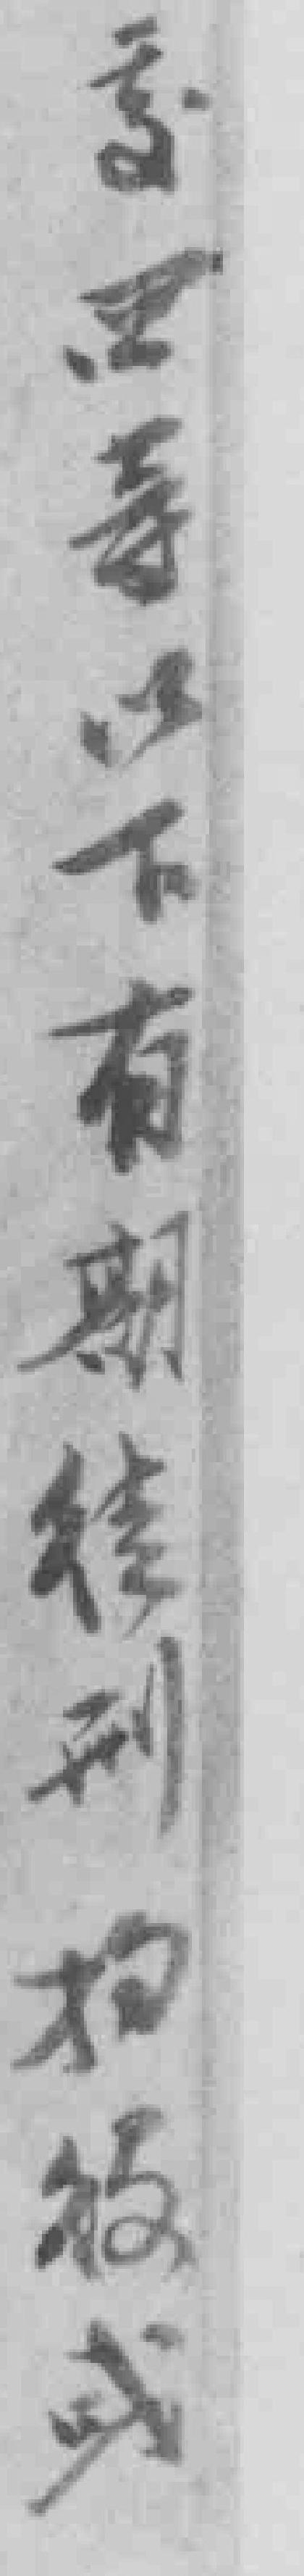
**䓁以下有期徒刑拘*或